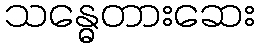
သန္ဓေတားဆေး